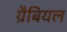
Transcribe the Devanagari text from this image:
ग्रैबियल